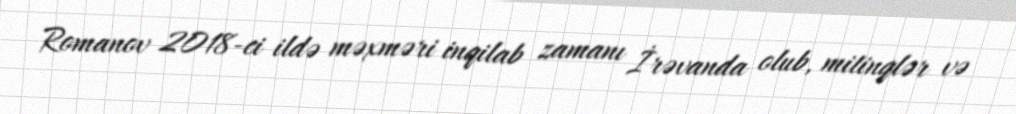
Romanov 2018-ci ildə məxməri inqilab zamanı İrəvanda olub, mitinqlər və